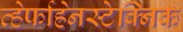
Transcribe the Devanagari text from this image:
व्हेर्फाह्रेनस्टेक्निक